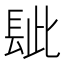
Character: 𨱲